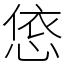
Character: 㥋